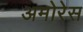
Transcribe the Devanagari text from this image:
अमोरेस